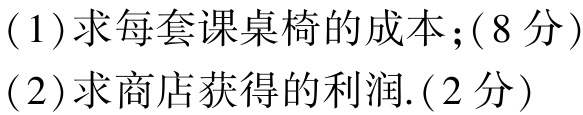
(1)求每套课桌椅的成本;($8$分)

(2)求商店获得的利润.($2$分)